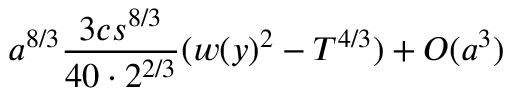
a ^ { 8 / 3 } \frac { 3 c s ^ { 8 / 3 } } { 4 0 \cdot 2 ^ { 2 / 3 } } ( w ( y ) ^ { 2 } - T ^ { 4 / 3 } ) + O ( a ^ { 3 } )